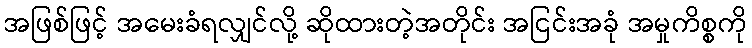
အဖြစ်ဖြင့် အမေးခံရလျှင်လို့ ဆိုထားတဲ့အတိုင်း အငြင်းအခုံ အမှုကိစ္စကို